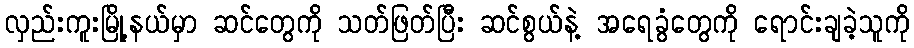
လှည်းကူးမြို့နယ်မှာ ဆင်တွေကို သတ်ဖြတ်ပြီး ဆင်စွယ်နဲ့ အရေခွံတွေကို ရောင်းချခဲ့သူကို